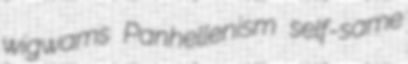
wigwams Panhellenism self-same